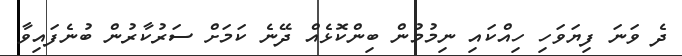
ދެ ވަނަ ފިޔަވަހި ހިއްކައި ނިމުމުން ބިންކޮޅެއް ދޭނެ ކަމަށް ސަރުކާރުން ބުނެފައިވާ